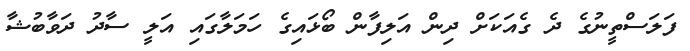
ފަލަސްތީނުގެ ދެ ގެއަކަށް ދިން އަލިފާން ބޯޅައިގެ ހަމަލާގައި އަލީ ސާދު ދަވާބުޝާ